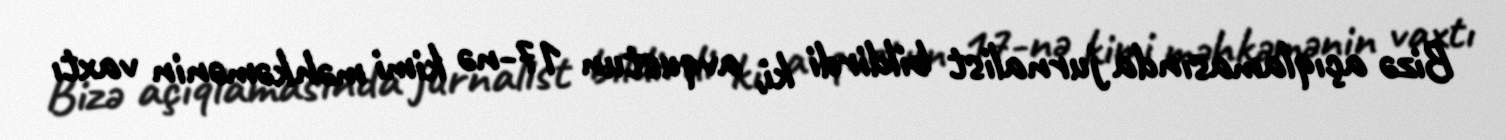
Bizə açıqlamasında jurnalist bildirdi ki, avqustun 17-nə kimi məhkəmənin vaxtı